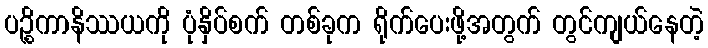
ပဉ္စိကာနိဿယကို ပုံနှိပ်စက် တစ်ခုက ရိုက်ပေးဖို့အတွက် တွင်ကျယ်နေတဲ့